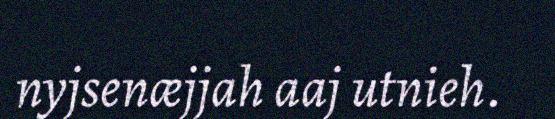
nyjsenæjjah aaj utnieh.